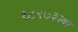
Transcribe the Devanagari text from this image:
१८९७३३बी